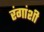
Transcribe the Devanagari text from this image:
रंगांशी